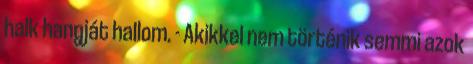
halk hangját hallom. - Akikkel nem történik semmi azok